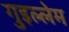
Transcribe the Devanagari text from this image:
गुइल्लेम